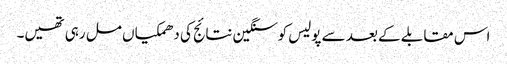
اس مقابلے کے بعد سے پولیس کوسنگین نتائج کی دھمکیاں مل رہی تھیں۔